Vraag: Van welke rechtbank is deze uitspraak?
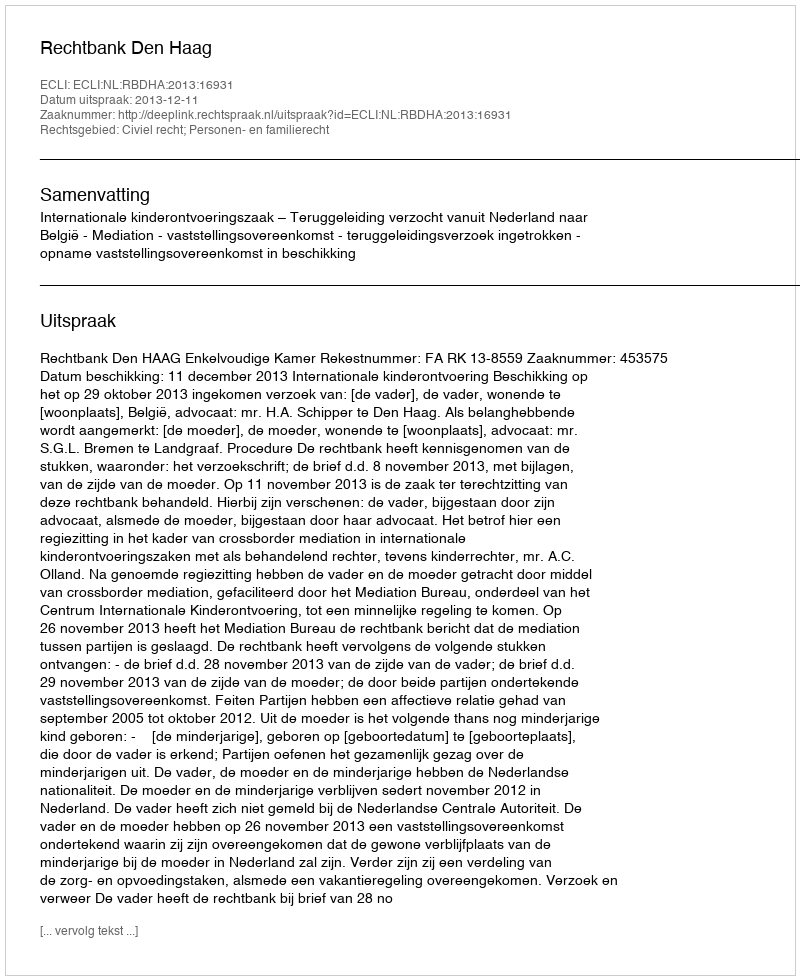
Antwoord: Rechtbank Den Haag